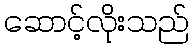
ဆောင့်လိုးသည်